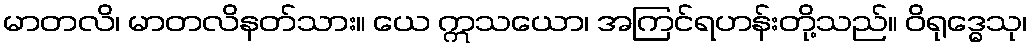
မာတလိ၊ မာတလိနတ်သား။ ယေ ဣသယော၊ အကြင်ရဟန်းတို့သည်။ ဝိရုဒ္ဓေသု၊